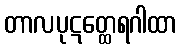
တာလပုဋတ္ထေရဂါထာ